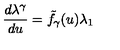
\frac { d \lambda ^ { \gamma } } { d u } = { \tilde { f } } _ { \gamma } ( u ) \lambda _ { 1 }